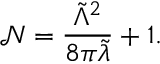
\mathcal { N } = \frac { \tilde { \Lambda } ^ { 2 } } { 8 \pi \tilde { \lambda } } + 1 .